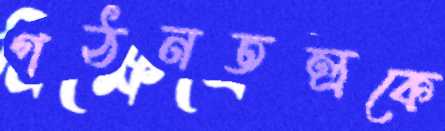
গঠনতন্ত্রকে